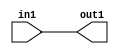
`timescale 1ps / 1ps

// Generated by Cadence Genus(TM) Synthesis Solution 17.11-s014_1
// Generated on: Apr 14 2022 13:33:51 CST (Apr 14 2022 05:33:51 UTC)

module GaussianFilter_Add_3U_3_4(in1, out1);
  input [2:0] in1;
  output [2:0] out1;
  wire [2:0] in1;
  wire [2:0] out1;
  assign out1[0] = in1[0];
  assign out1[1] = in1[1];
  assign out1[2] = in1[2];
endmodule